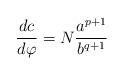
LaTeX: \begin{align*}\frac{dc}{d\varphi }=N\frac{a^{p+1}}{b^{q+1}}\end{align*}